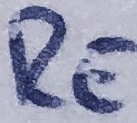
Text: RE